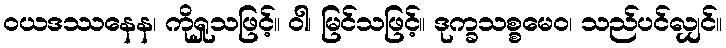
ဝယဒဿနေန၊ ကိုရှုသဖြင့်။ ဝါ၊ မြင်သဖြင့်။ ဒုက္ခသစ္စမေဝ၊ သည်ပင်လျှင်။